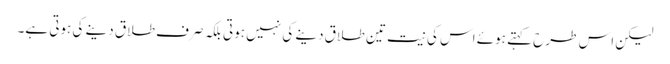
لیکن اس طرح کہتے ہوئے اس کی نیت تین طلاق دینے کی نہیں ہوتی بلکہ صرف طلاق دینے کی ہوتی ہے۔